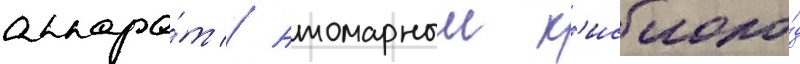
аппара́т // Атомарныи к'ислоро́д